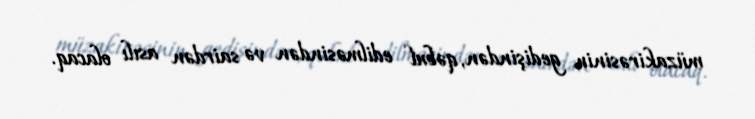
müzakirəsinin gedişindən, qəbul edilməsindən və sairdən asılı olacaq.